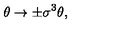
\theta \rightarrow \pm \sigma ^ { 3 } \theta ,